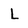
Character: L